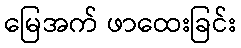
မြေအက် ဖာထေးခြင်း